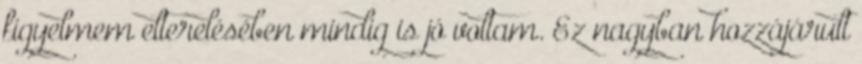
figyelmem elterelésében mindig is jó voltam. Ez nagyban hozzájárult